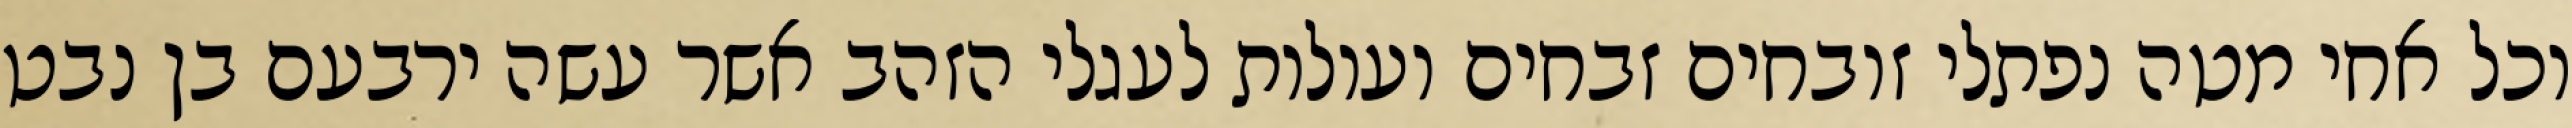
וכל אחי מטה נפתלי זובחים זבחים ועולות לעגלי הזהב אשר עשה ירבעם בן נבט